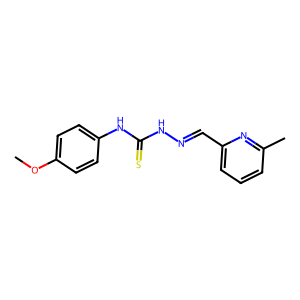
SMILES: COc1ccc(NC(=S)NN=Cc2cccc(C)n2)cc1
Inhibits HIV replication: No